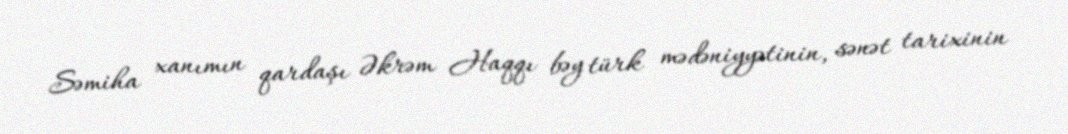
Səmiha xanımın qardaşı Əkrəm Haqqı bəy türk mədəniyyətinin, sənət tarixinin